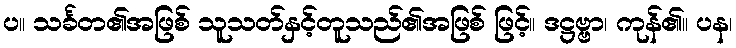
ပ။ သင်္ခတ၏အဖြစ် သူသတ်နှင့်တူသည်၏အဖြစ် ဖြင့်။ ဒဋ္ဌဗ္ဗာ၊ ကုန်၏။ ပန၊